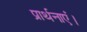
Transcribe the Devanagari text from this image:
प्रार्थनाएं।